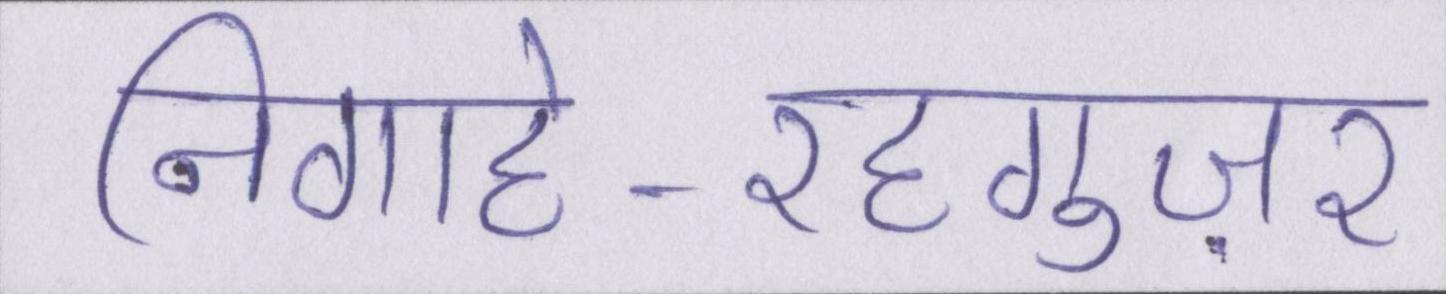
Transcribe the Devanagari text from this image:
निगाहे-रहगुज़र